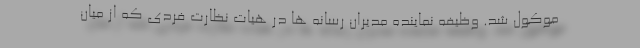
موکول شد. وظیفه نماینده مدیران رسانه ها در هیات نظارت فردی که از میان